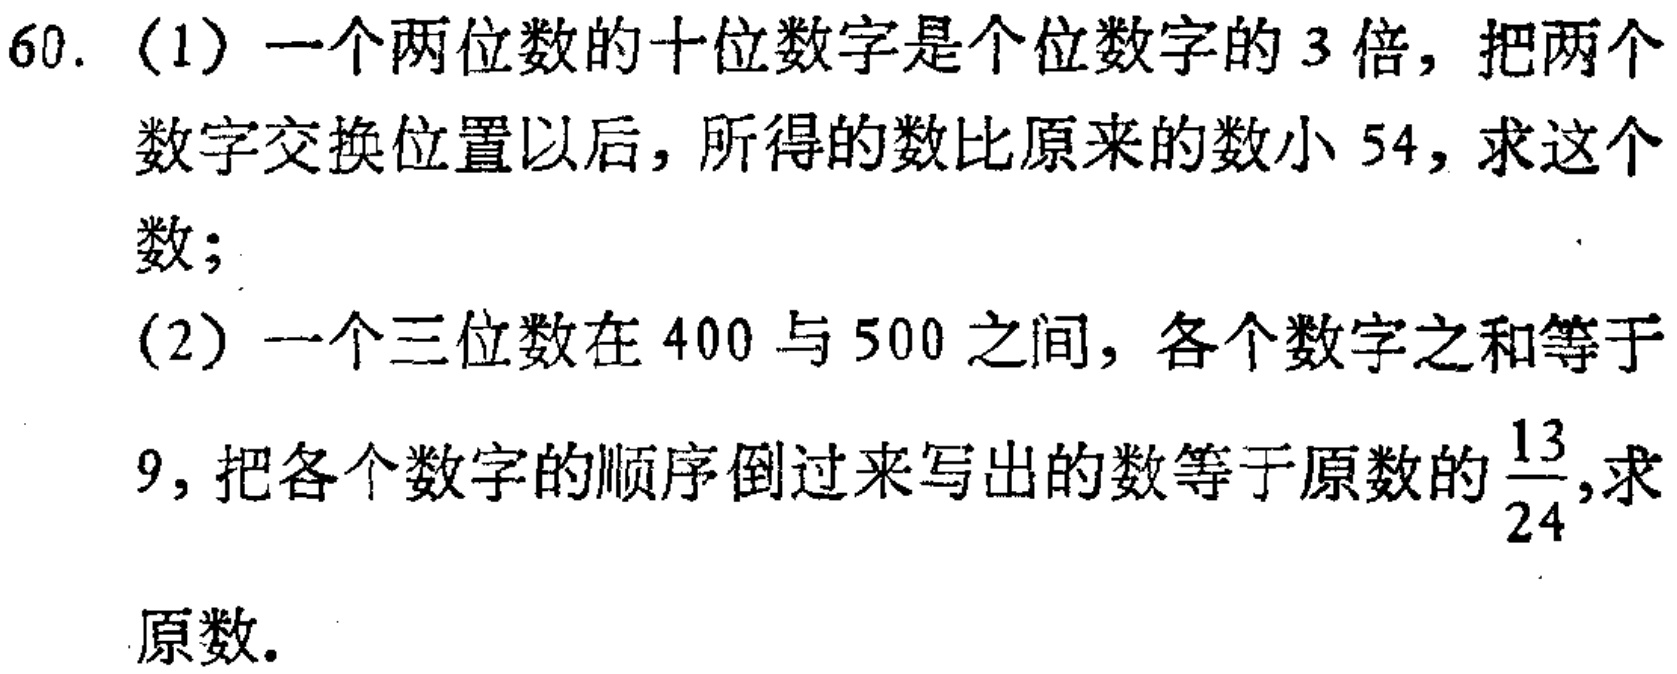
60. (1) 一个两位数的十位数字是个位数字的 3 倍，把两个数字交换位置以后，所得的数比原来的数小 54，求这个数；
(2) 一个三位数在 400 与 500 之间，各个数字之和等于 9，把各个数字的顺序倒过来写出的数等于原数的$\frac{13}{24}$，求原数。